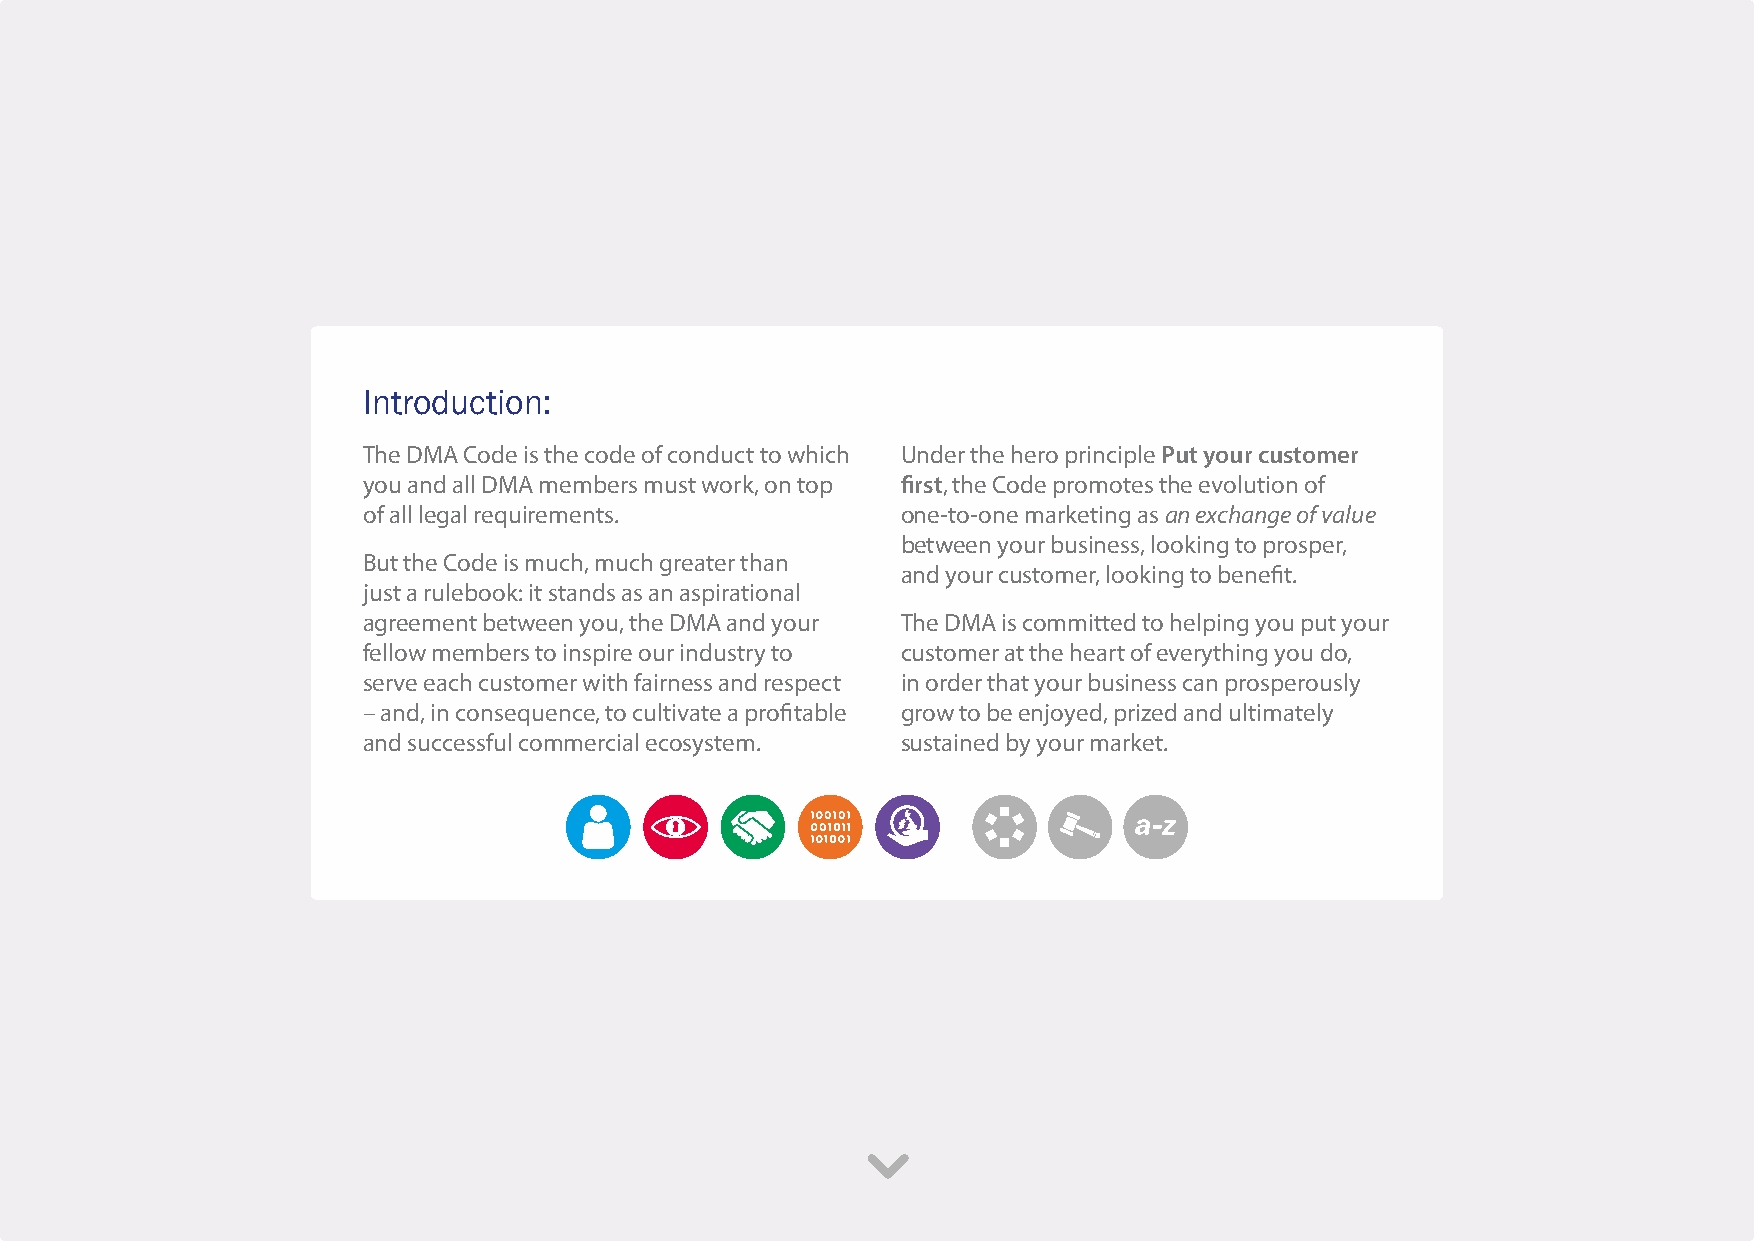
Introduction:
 The DMA Code is the code of conduct to which Under the hero principle Put your customer
 you and all DMA members must work, on top first, the Code promotes the evolution of
 of all legal requirements.          one-to-one marketing as an exchange of value
 between your business, looking to prosper,
 But the Code is much, much greater than
 and your customer, looking to benefit.
 just a rulebook: it stands as an aspirational
 agreement between you, the DMA and your The DMA is committed to helping you put your
 fellow members to inspire our industry to customer at the heart of everything you do,
 serve each customer with fairness and respect in order that your business can prosperously
 – and, in consequence, to cultivate a profitable grow to be enjoyed, prized and ultimately
 and successful commercial ecosystem. sustained by your market.